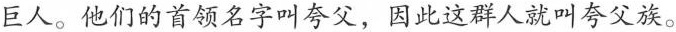
巨人。他们的首领名字叫夸父，因此这群人就叫夸父族。